Tartu_pedagoogiumi_aruanded, lk 76
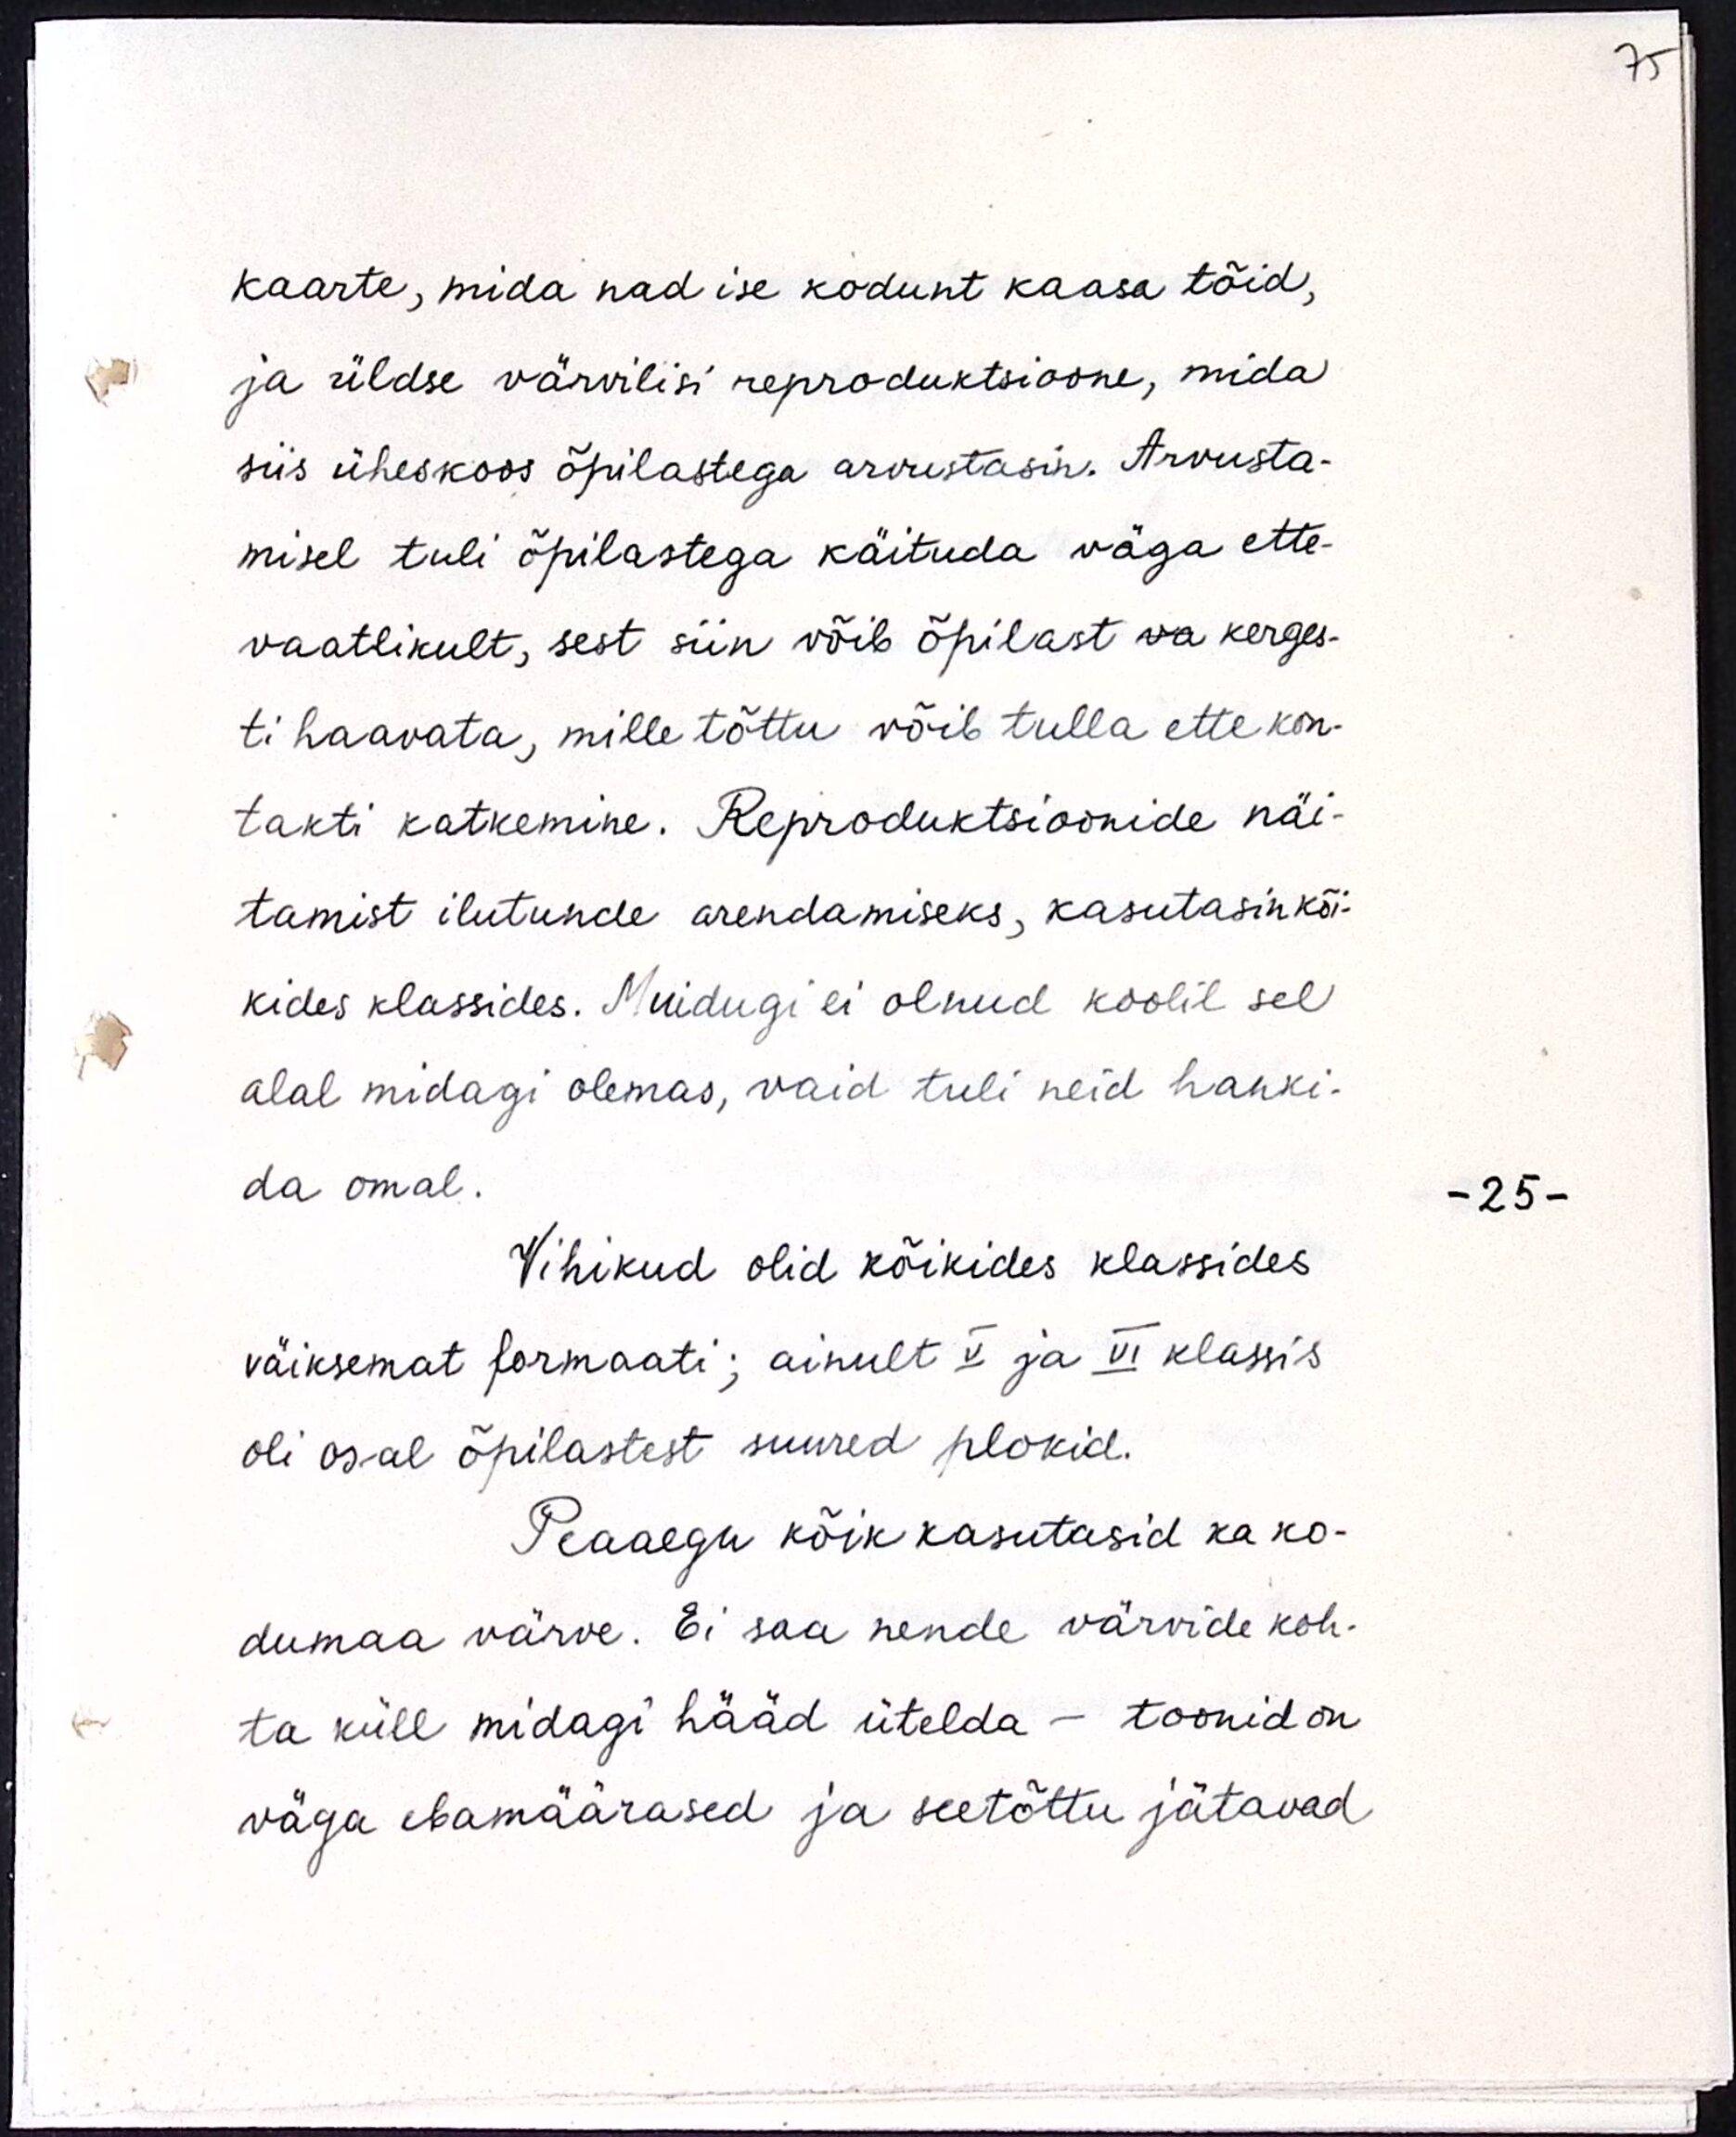
kaarte, mida nad ise kodunt kaasa tõid,
ja üldse värvilisi reproduktsioone, mida
siis üheskoos õpilastega arvustasin. Arvusta-
misel tuli õpilastega käituda väga ette-
vaatlikult, sest siin võib õpilast va kerges-
ti haavata, mille tõttu võib tulla ette kon-
takti katkemine. Reproduktsioonide näi-
tamist ilutunde arendamiseks, kasutasin kõi-
kides klassides. Muidugi ei olnud koolil sel
alal midagi olemas, vaid tuli neid hanki-
da omal.
Vihikud olid kõikides klassides
väiksemat formaati; ainult V ja VI klassis
oli osal õpilastest suured plokid.
Peaaegu kõik kasutasid ka ko-
dumaa värve. Ei saa nende värvide koh-
ta küll midagi hääd ütelda - toonid on
väga ebamäärased ja seetõttu jätavad